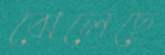
ঝেলেছে